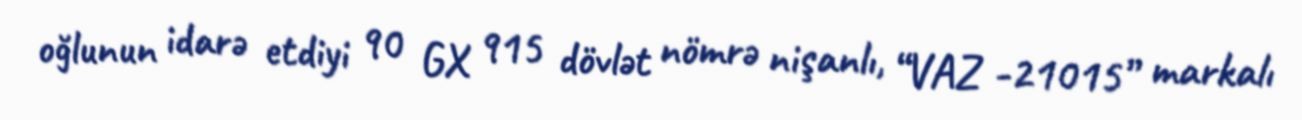
oğlunun idarə etdiyi 90 GX 915 dövlət nömrə nişanlı, “VAZ -21015” markalı